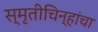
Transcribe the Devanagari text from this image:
स्मृतीचिन्हांचा